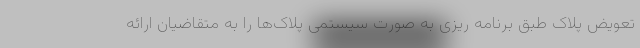
تعویض پلاک طبق برنامه ریزی به صورت سیستمی پلاک‌ها را به متقاضیان ارائه